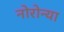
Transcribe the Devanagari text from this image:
नोरोन्या